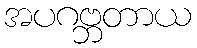
အပဂဗ္ဘတာယ